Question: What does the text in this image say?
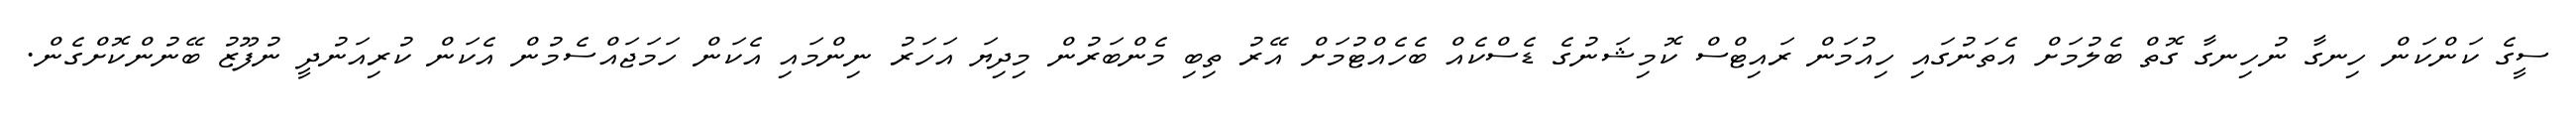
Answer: ސީގެ ކަންކަން ހިނގާ ނުހިނގާ ގޮތް ބެލުމަށް އެތަނުގައި ހިއުމަން ރައިޓްސް ކޮމިޝަނުގެ ޑެސްކެއް ބެހެއްޓުމަށް އޭރު ތިބި މެންބަރުން މިދިޔަ އަހަރު ނިންމައި އެކަން ހަމަޖައްސެމުން އެކަން ކުރިއަނުދީ ނުފޫޒު ބޭނުންކޮށްގެން.